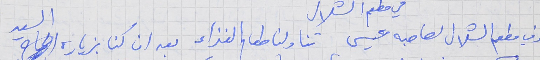
وفي مطعم الشلال لصاحبه عيسى تناولنا طعام الغذاء بعد ان كنا بزيارة السيد